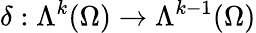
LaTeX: \delta:\Lambda^{k}(\Omega)\to\Lambda^{k-1}(\Omega)